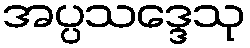
အပ္ပသဒ္ဒေသု